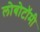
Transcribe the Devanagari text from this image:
लोबोटॉमी